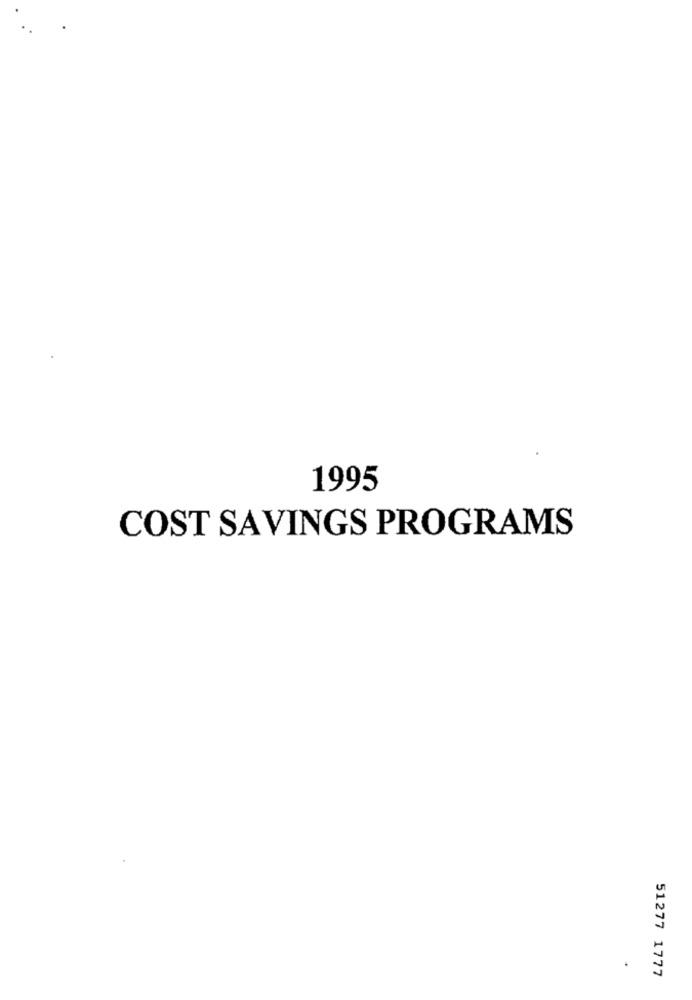
1995
COST SAVINGS PROGRAMS
51277 1777